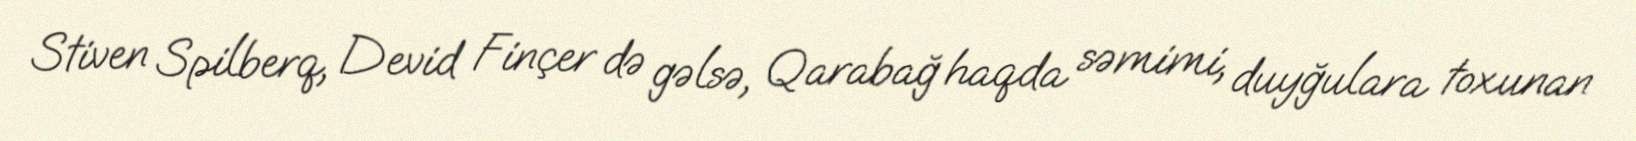
Stiven Spilberq, Devid Finçer də gəlsə, Qarabağ haqda səmimi, duyğulara toxunan